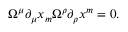
\Omega ^ { \mu } \partial _ { \mu } x _ { m } \Omega ^ { \rho } \partial _ { \rho } x ^ { m } = 0 .